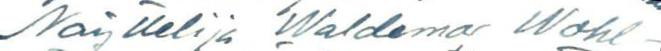
Näyttelija Waldemar Wohl-